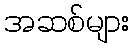
အဆစ်များ